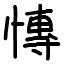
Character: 慱